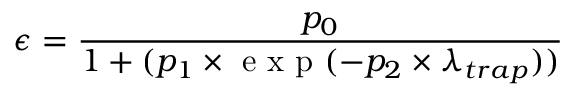
\epsilon = \frac { p _ { 0 } } { 1 + ( p _ { 1 } \times \mathrm { ~ e ~ x ~ p ~ } ( - p _ { 2 } \times \lambda _ { t r a p } ) ) }